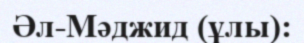
Әл-Мәджид (ұлы):